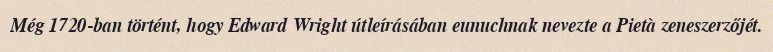
Még 1720-ban történt, hogy Edward Wright útleírásában eunuchnak nevezte a Pietà zeneszerzőjét.